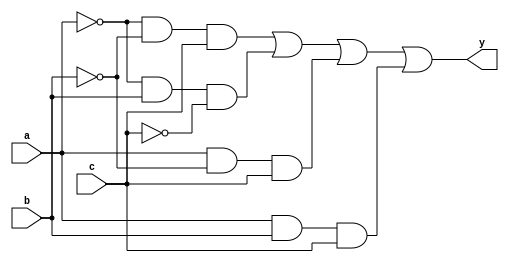
module combinational_logic_block (
    input wire a,  // Input variable A
    input wire b,  // Input variable B
    input wire c,  // Input variable C
    output wire y  // Output of the Boolean function
);

// Internal signals for the essential prime implicants
wire p1, p2, p3, p4;

// Define the essential prime implicants based on the minterms
// Minterms: 1 (001), 2 (010), 5 (101), 6 (110)
// Essential Prime Implicants: 
// P1 = A'B'C (covers minterm 1)
// P2 = A'BC' (covers minterm 2)
// P3 = AB'C (covers minterm 5)
// P4 = ABC (covers minterm 6)

// Implementing the essential prime implicants
assign p1 = ~a & ~b & c;  // A'B'C
assign p2 = ~a & b & ~c;  // A'BC'
assign p3 = a & ~b & c;   // AB'C
assign p4 = a & b & c;    // ABC

// Combine the essential prime implicants to get the final output
assign y = p1 | p2 | p3 | p4; // ORing all essential prime implicants

endmodule